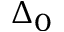
\Delta _ { 0 }